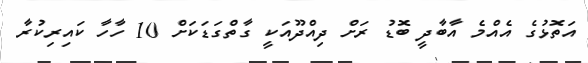
އަތޮޅުގެ އެއްމެ އާބާދީ ބޮޑު ރަށް ދިއްދޫއަކީ ގާތްގަޑަކަށް 10 ހާހާ ކައިރިކުރާ